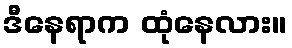
ဒီနေရာက ထုံနေလား။